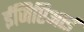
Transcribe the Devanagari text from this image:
ईजिप्टिआई